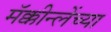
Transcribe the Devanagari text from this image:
मॅक्कीन्लेंच्या